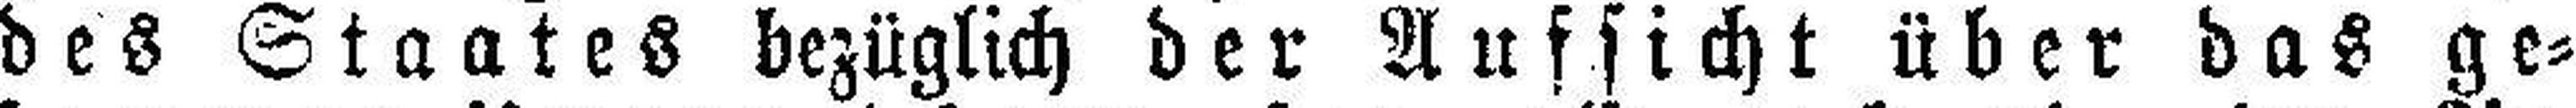
des Staates bezüglich der Aufsicht über das ge¬